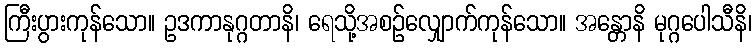
ကြီးပွားကုန်သော။ ဥဒကာနုဂ္ဂတာနိ၊ ရေသို့အစဉ်လျှောက်ကုန်သော။ အန္တောနိ မုဂ္ဂပေါသီနိ၊